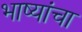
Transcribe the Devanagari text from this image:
भाष्यांचा